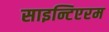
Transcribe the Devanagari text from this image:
साइन्टिएरम